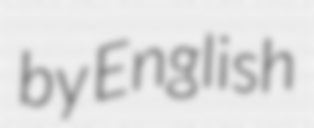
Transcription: by English